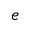
e